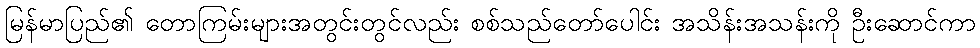
မြန်မာပြည်၏ တောကြမ်းများအတွင်းတွင်လည်း စစ်သည်တော်ပေါင်း အသိန်းအသန်းကို ဦးဆောင်ကာ